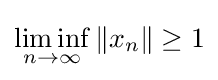
\liminf _{n\to \infty }\|x_{n}\|\geq 1